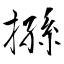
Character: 搎